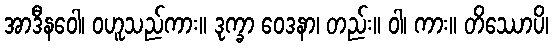
အာဒီနဝေါ၊ ဝဟူသည်ကား။ ဒုက္ခာ ဝေဒနာ၊ တည်း။ ဝါ၊ ကား။ တိဿောပိ၊